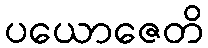
ပယောဇေတိ